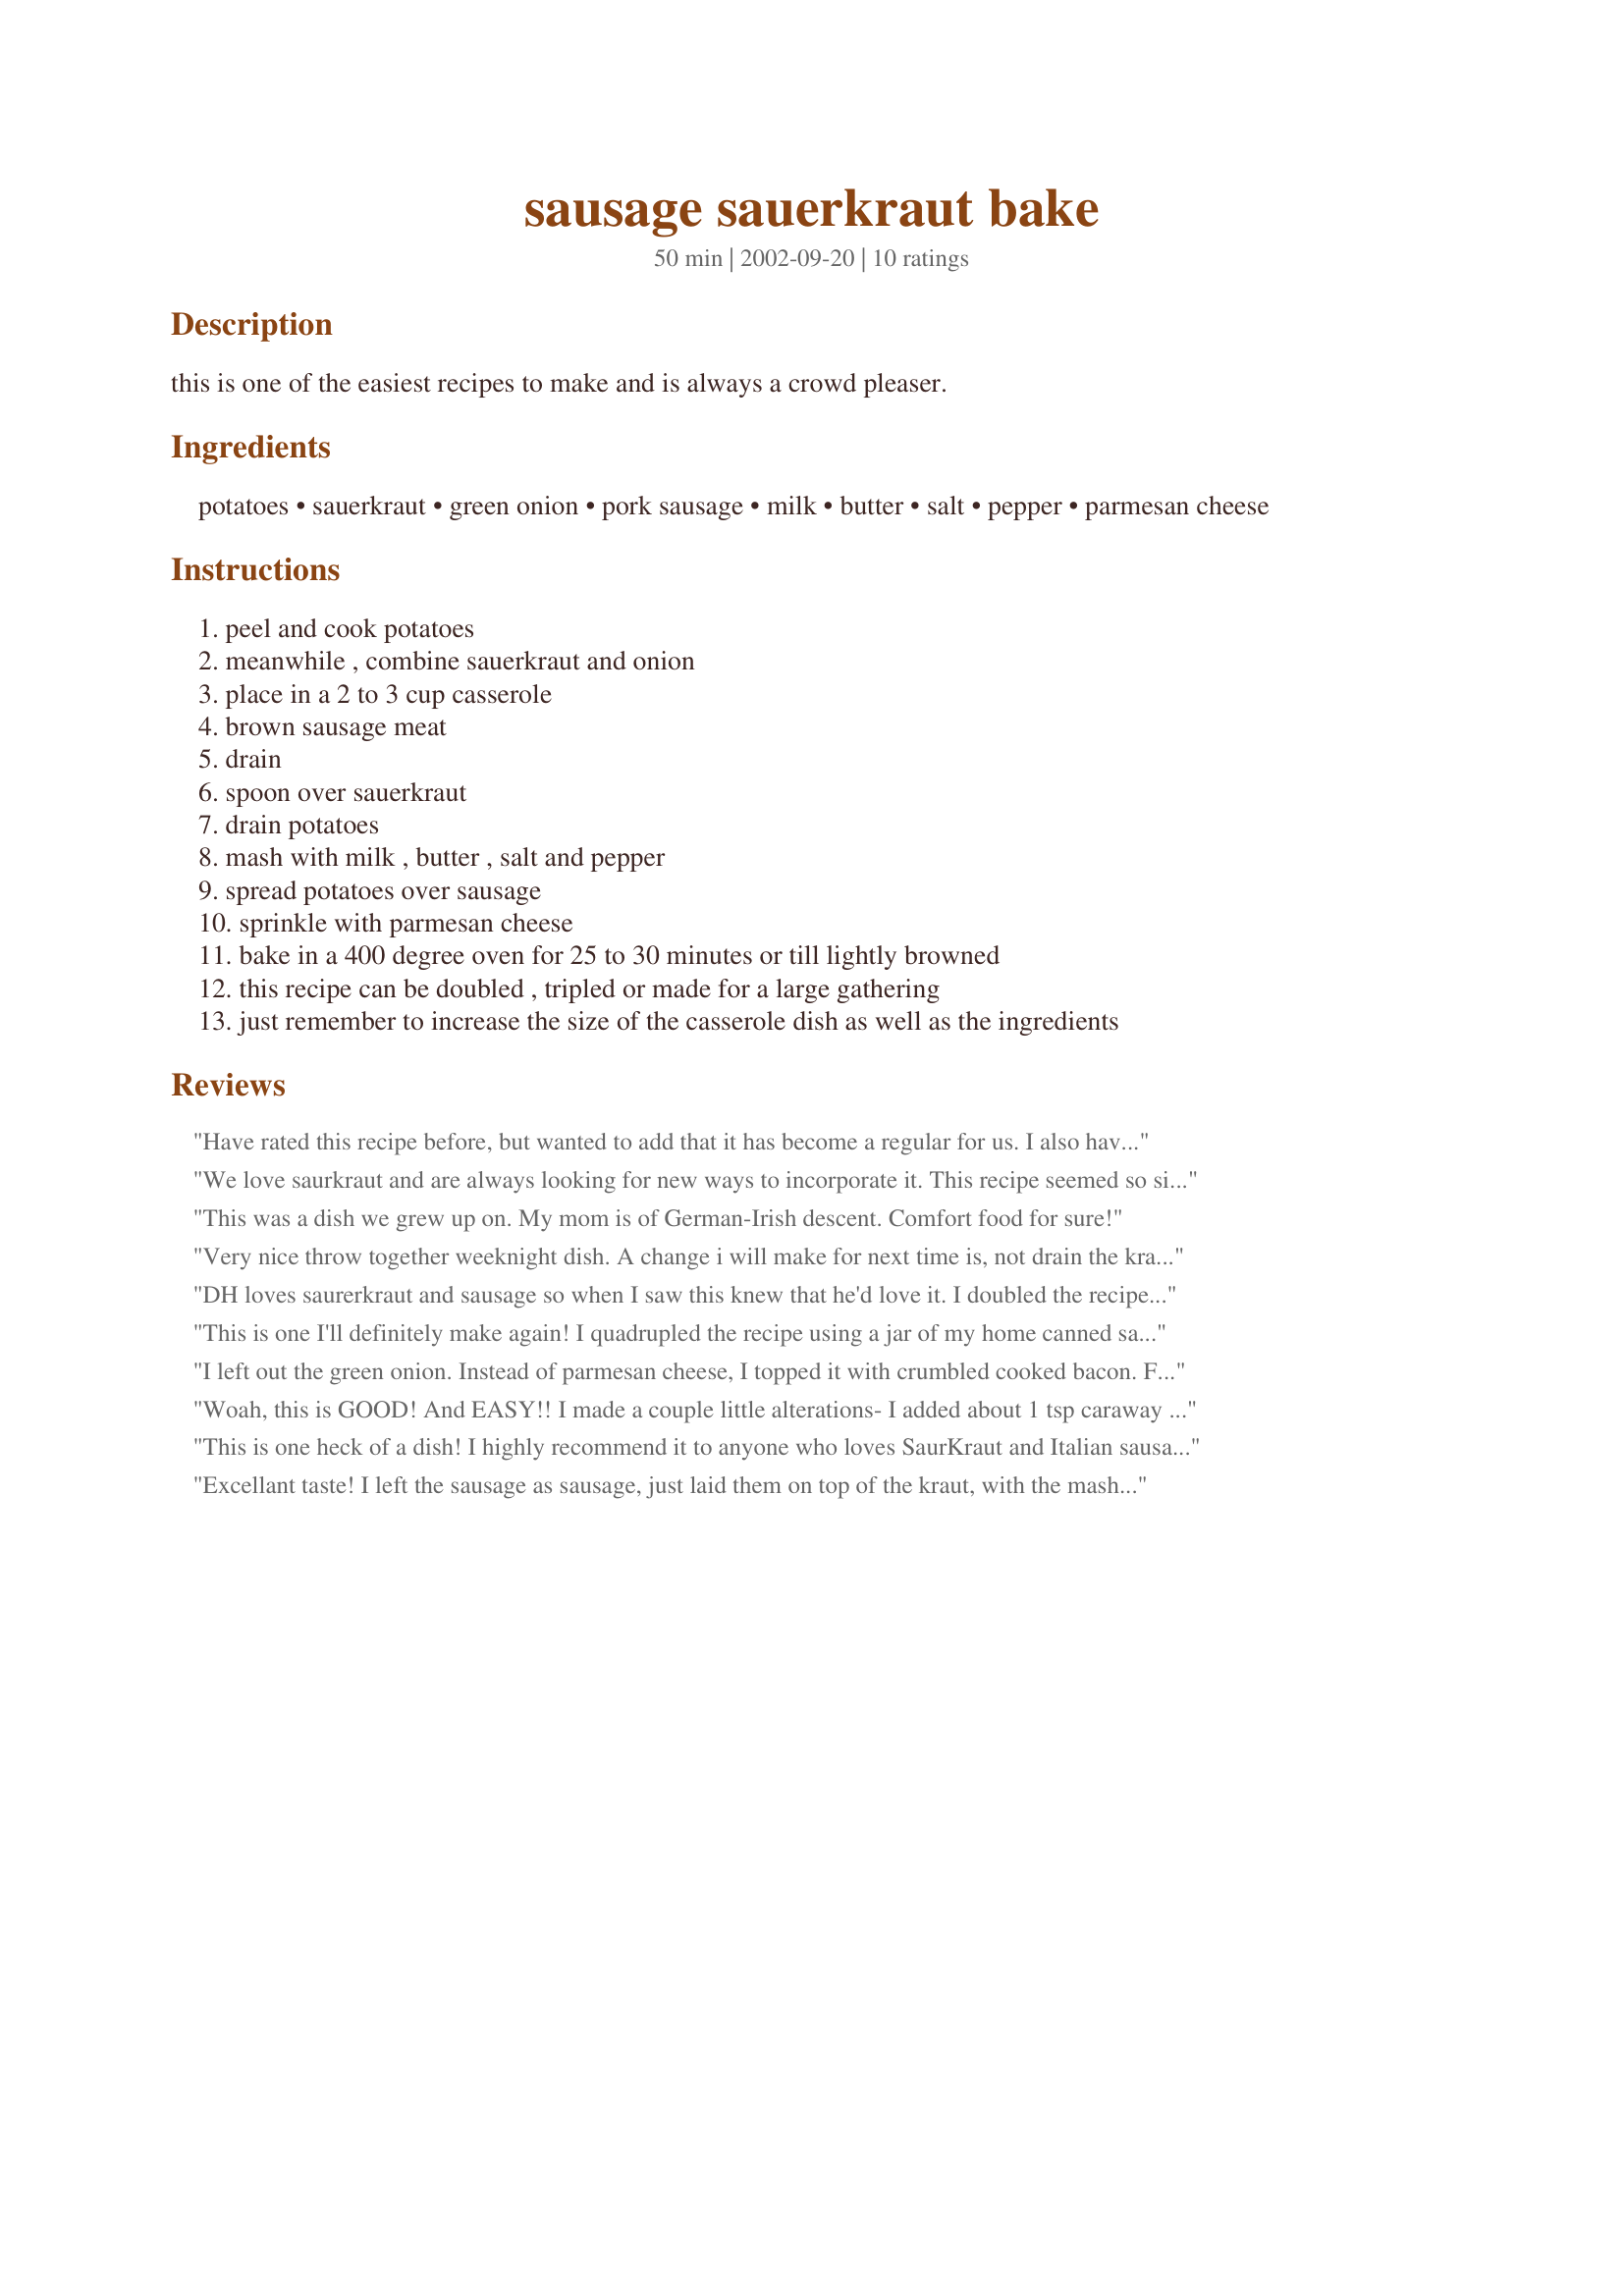
sausage sauerkraut bake
Preparation time: 50 minutes

this is one of the easiest recipes to make and is always a crowd pleaser.

Ingredients:
potatoes, sauerkraut, green onion, pork sausage, milk, butter, salt, pepper, parmesan cheese

Steps:
peel and cook potatoes
meanwhile , combine sauerkraut and onion
place in a 2 to 3 cup casserole
brown sausage meat
drain
spoon over sauerkraut
drain potatoes
mash with milk , butter , salt and pepper
spread potatoes over sausage
sprinkle with parmesan cheese
bake in a 400 degree oven for 25 to 30 minutes or till lightly browned
this recipe can be doubled , tripled or made for a large gathering
just remember to increase the size of the casserole dish as well as the ingredients

Reviews:
Have rated this recipe before, but wanted to add that it has become a regular for us. I also have used several different types of sausage and it always is delicious. I have also made the dish with just the sausage and kraut and served the potatoes on the side. Again thanks for sharing.
We love saurkraut and are always looking for new ways to incorporate it. This recipe seemed so simple but we had never tried anything quite like it. It was a hit with every person in the house and was gone within the evening. I pretty much doubled everything, give or take because I had a full pound of sausage. I didn't really measure the sauerkraut I just heaped in a nice full layer on the bottom of a casserole dish (likely more than double) and I was happy I did.. the way the flavors all came together was really awesome and it seemed like an old-school recipe that had a reason for sticking around. Thank you so much!
This was a dish we grew up on. My mom is of German-Irish descent. Comfort food for sure!
Very nice throw together weeknight dish. A change i will make for next time is, not drain the kraut as much. I found the first couple of bites a tad dry, even though I tend to make my mash on the loose side. i used garlic pork sausage and can see how different flavored sausages would work very nicely in this recipe. :)
DH loves saurerkraut and sausage so when I saw this knew that he'd love it. I doubled the recipe and used hot, spicy Italian sausages and had trouble removing from the casing so just chopped them up small, then once they were done added chopped Walla Walla sweet onions (didn't have green) and once all was soft added the saurerkraut and a 2 tsp of caraway seeds. Then put all in a pie pan and piped on the mashed potatoes. Topped with a combo of chedder and parm cheese and baked. It was so pretty and we have left over for tonight that I'm thinking may taste even better once all the flavors have melded together. We'll be making this one again.
This is one I'll definitely make again! I quadrupled the recipe using a jar of my home canned sauerkraut and the recipe for [recipe=43620]Farm Style Sausage[/recipe] with our home grown ground pork as the sausage. It just took a few minutes to peel the potatoes and get them on to boil. While they were boiling I mixed up the sausage recipe and browned it. By the time the potatoes were ready to mash, I had everything else in the casserole dish. I set the timer for 30 minutes and was off doing something else while it baked. When the timer went off, I didn't hear it and one of my daughters shut it off without mentioning it to me. Fortunately, I thought it was about time for it to be getting ready to come out of the oven, so I went and checked on it. It was a little dark on top, but hadn't started to burn...whew... It smelled wonderful in the car all the way to my MIL's and was a big hit with her, as well as DH and myself! (My MIL is terminally ill so I need recipes that transport well, as DH is staying with her and caring for her so I take their meals to them.) Even though she has never really cared for sauerkraut, she kept telling me over and over that this is really good and what a great cook I am. Thanks for sharing this recipe roslan and helping me to keep up with the challenge of stimulating my MIL's pallette!!!
I left out the green onion. Instead of parmesan cheese, I topped it with crumbled cooked bacon. For me, parmesan and sauerkraut do not go together. The second time I made this, I used a whole carton of sauerkraut(900g, I think). We love sauerkraut. I used a baking dish with a larger base. My sausage were apple sausage. This is absolutely delicious!
Woah, this is GOOD! And EASY!! I made a couple little alterations- I added about 1 tsp caraway seeds to the mashed potatoes and used chunks of, I think smoked apple chicken sausages. Oh, and I left the potatoes unpeeled, as I always do because I figure why throw away the only really nutritous part of them? I'm not mad about sauerkraut, but BF is so we bought a HUGE jar at the grocery lately (the only size they had) and I've been searching for stuff to use it in. This is delicious and you should hear BF rave. This would probably work well with leftover mashed potatoes too. Interesting variation on the "shepards pie." Hearty, and filling- I love it!! In step two where it says "place in a 2 to 3 cup casserole" I assumed that meant quart rather than cup... I cooked it in my 2Q Corningware dish. Thanks a million for posting; I will make this again for sure.
This is one heck of a dish! I highly recommend it to anyone who loves SaurKraut and Italian sausages. Way to go RosLan where ever you live!
 Bruce Logie
Excellant taste! I left the sausage as sausage, just laid them on top of the kraut, with the mashed potatoes over all, really good casserole. We will be making this again probably on a regular basis, easy and tasty!
